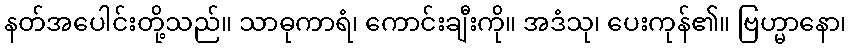
နတ်အပေါင်းတို့သည်။ သာဓုကာရံ၊ ကောင်းချီးကို။ အဒံသု၊ ပေးကုန်၏။ ဗြဟ္မာနော၊